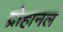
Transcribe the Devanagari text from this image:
द्रोहानल